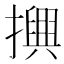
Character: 𢷲